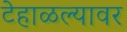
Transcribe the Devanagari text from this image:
टेहाळल्यावर